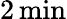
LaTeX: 2\, \mathrm{{min}}